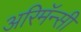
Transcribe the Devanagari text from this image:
अरिमॅन्सी